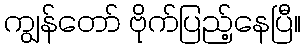
ကျွန်တော် ဗိုက်ပြည့်နေပြီ။